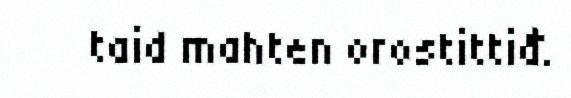
taid mahten orostittiđ.